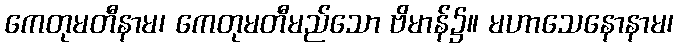
ကေတုမတီနာမ၊ ကေတုမတီမည်သော ဗိမာန်၌။ မဟာသေနောနာမ၊